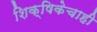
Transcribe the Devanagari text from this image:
शिक्षिकेचाही